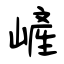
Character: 嵼